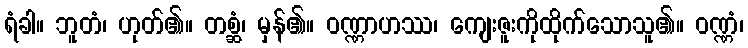
ရံခါ။ ဘူတံ၊ ဟုတ်၏။ တစ္ဆံ၊ မှန်၏။ ဝဏ္ဏာဟဿ၊ ကျေးဇူးကိုထိုက်သောသူ၏။ ဝဏ္ဏံ၊